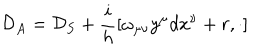
{ \cal { D } } _ { A } = { \cal { D } } _ { S } + \frac { i } { h } [ \omega _ { \mu \nu } y ^ { \mu } d x ^ { \nu } + r , \cdot ]